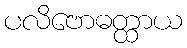
ပလိဗောဓတ္ထာယ